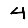
Digit: 4